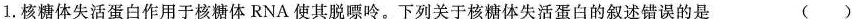
1. 核糖体失活蛋白作用于核糖体RNA使其脱嘌呤。下列关于核糖体失活蛋白的叙述错误的是 ( )